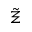
\tilde { \Xi }